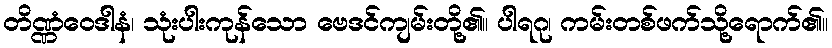
တိဏ္ဏံဝေဒါနံ၊ သုံးပါးကုန်သော ဗေဒင်ကျမ်းတို့၏။ ပါရဂု၊ ကမ်းတစ်ဖက်သို့ရောက်၏။